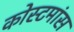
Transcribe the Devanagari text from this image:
कोस्टमांस